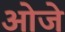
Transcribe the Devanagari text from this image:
ओजे